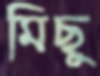
মিছু